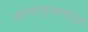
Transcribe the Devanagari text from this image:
कोल्हापूरकरांच्या